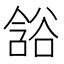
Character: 𲂘